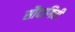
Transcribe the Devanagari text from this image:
सौदागिरी